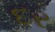
દર